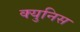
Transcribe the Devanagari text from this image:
क्युनिस